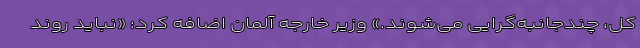
کل، چندجانبه‌گرایی می‌شوند.» وزیر خارجه آلمان اضافه کرد: «نباید روند